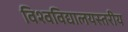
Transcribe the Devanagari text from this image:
विश्वविद्यालयस्तरीय